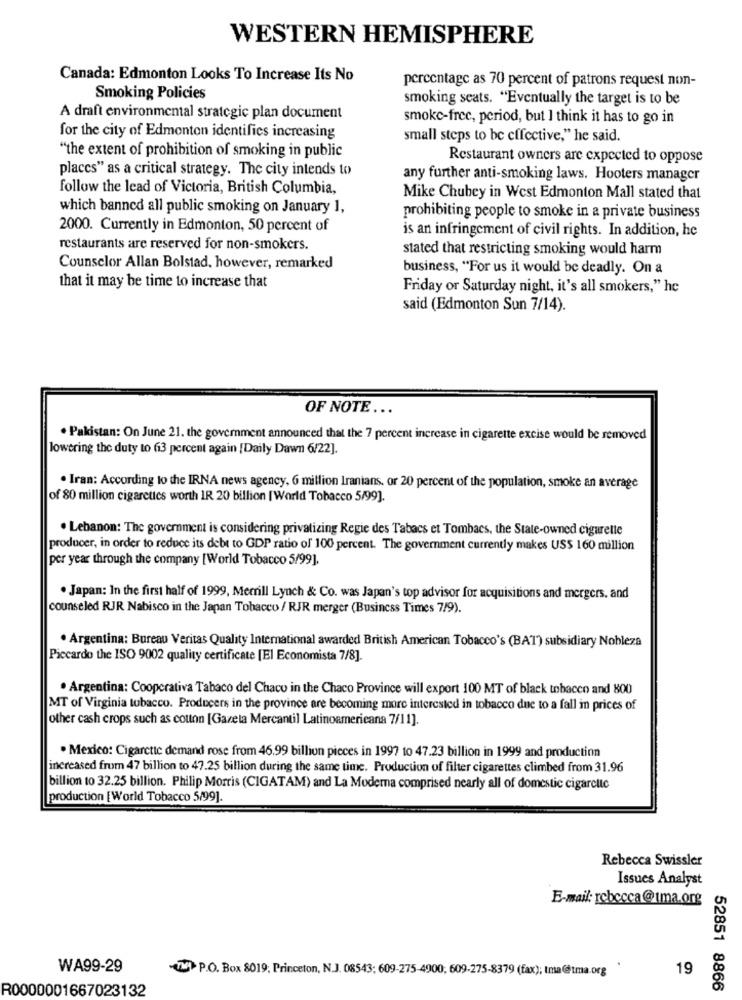
WESTERN HEMISPHERE
Canada: Edmonton Looks To Increase Its No
percentage as 70 percent of patrons request non-
Smoking Policies
smoking seats. "Eventually the target is to be
A draft environmental strategic plan document
smoke-free, period, but I think it has to go in
for the city of Edmonton identifies increasing
small steps to be effective," he said.
"the extent of prohibition of smoking in public
Restaurant owners are expected to oppose
places" as a critical strategy. The city intends to
any further anti-smoking laws. Hooters manager
follow the lead of Victoria, British Columbia,
Mike Chubey in West Edmonton Mall stated that
which banned all public smoking on January 1,
prohibiting people to smoke in a private business
2000. Currently in Edmonton, 50 percent of
is an infringement of civil rights. In addition, he
restaurants are reserved for non-smokers.
stated that restricting smoking would harm
Counselor Allan Bolstad, however, remarked
business, "For us it would be deadly. On a
that it may be time to increase that
Friday or Saturday night, it's all smokers," he
said (Edmonton Sun 7/14).
OF NOTE ...
. Pakistan: On June 21. the goverment announced that the 7 percent increase in cigarette excise would be removed
lowering the duty to 6i3 percent again [Daily Dawn 6/22].
. Iran: According to the IRNA news agency, 6 million Iranians. or 20 percent of the population, smoke an average
of 80 million cigarettes worth IR 20 billion [World Tobacco 5/99].
. Lebanon: The government is considering privatizing Regie des Tabacs et Tombacs, the State-owned cigarelle
producer, in order to reduce its debt to GDP ratio of 100 percent. The government currently makes US$ 160 million
per year through the company [World Tobacco 5/99],
. Japan: In the first half of 1999, Merrill Lynch & Co. was Japan's top advisor for acquisitions and mergers, and
counseled RJR Nabisco in the Japan Tobacco / RJR merger (Business Times 7/9).
. Argentina: Bureau Veritas Quality International awarded British American Tobacco's (BAT) subsidiary Nobleza
Piccardo the ISO 9002 quality certificate [El Economista 7/8].
. Argentina: Cooperativa Tabaco del Chaco in the Chaco Province will export 100 MT of black tobacco and 800
MT of Virginia tobacco. Producers in the province are becoming more interested in tobacco due to a fall in prices of
other cash crops such as cotton [Gazeta Mercantil Latinoamericana 7/11].
. Mexico: Cigarctic demand rose from 46.99 billion pieces in 1997 to 47.23 billion in 1999 and production
increased from 47 billion to 47.25 billion during the same time. Production of filter cigarettes climbed from 31.96
billion to 32.25 billion. Philip Morris (CIGATAM) and La Moderna comprised nearly all of domestic cigarette
production [World Tobacco 5/99].
Rebecca Swissler
Issues Analyst
E-mail: rebecca@tma.org
WA99-29
-TW P.O. Box 8019; Princeton, N.J. 08543; 609-275-4900; 609-275-8379 (fax); tma@@tma.org
19
R0000001667023132
52851 8866